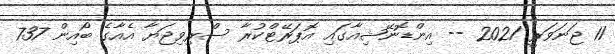
11 ޖަނަވަރީ 2021 -- އިންޑޮނޭޝިއާގައި އޮޕަރޭޓްކުރާ ސްރިވިޖަޔާ އެއާގެ ބޯއިން 737